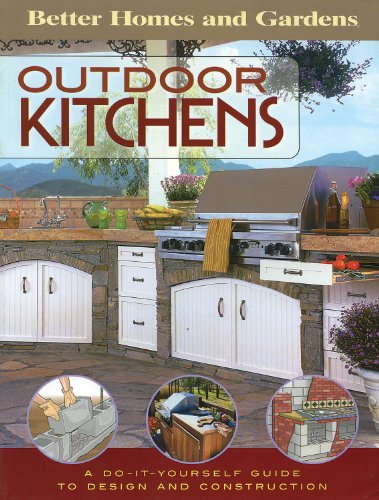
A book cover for Outdoor Kitchens: A Do-It-Yourself Guide to Design and Construction (Better Homes and Gardens Home); Better Homes and Gardens; Crafts, Hobbies & Home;